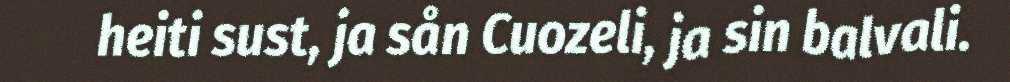
heiti sust, ja sån Cuozeli, ja sin balvali.